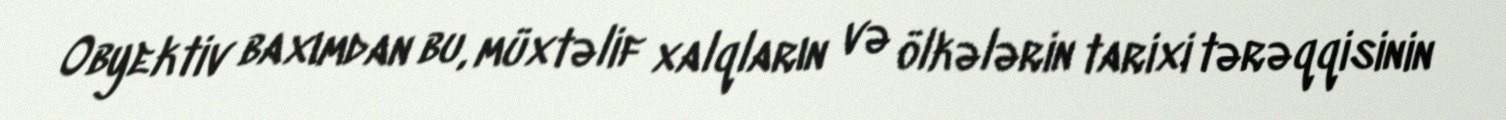
Obyektiv baxımdan bu, müxtəlif xalqların və ölkələrin tarixi tərəqqisinin